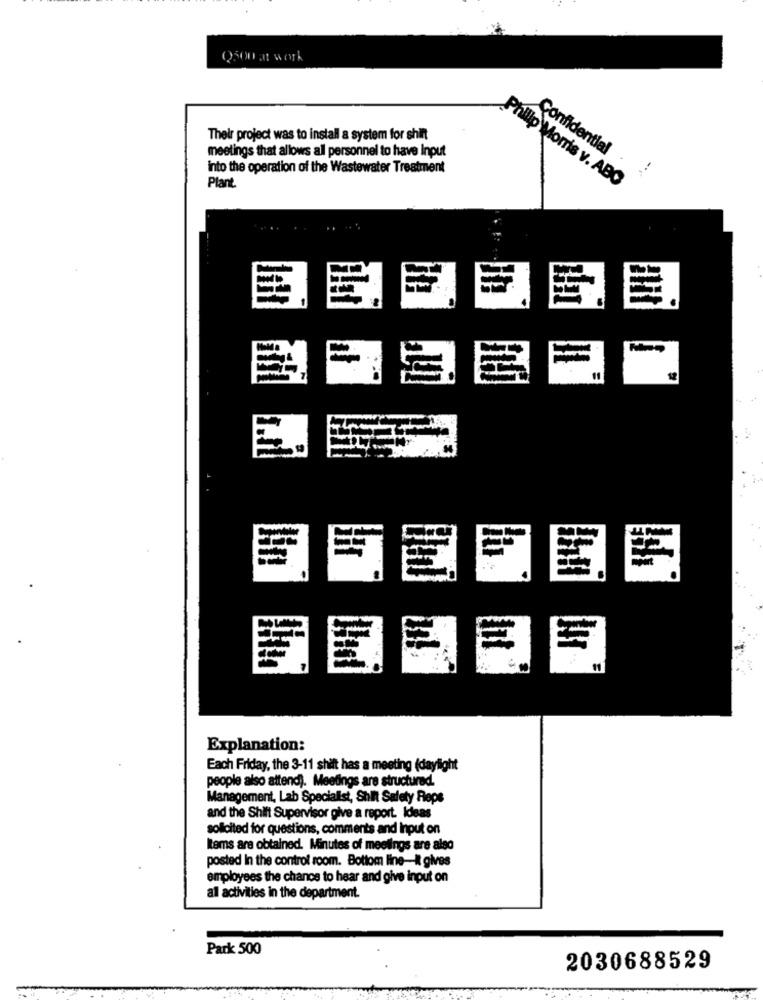
Their project was to install a system for shift
Confidential
meetings that allows all personnel to have Input
into the operation of the Wastewater Treatment
..
Plant
Philip Morris v. ABO
=
Explanation:
Each Friday, the 3-11 shift has a meeting (daylight
people also attend). Meetings are structured.
Management, Lab Specialist, Shift Safety Reps
and the Shift Supervisor give a report. Ideas
solicited for questions, comments and Input on
Rems are obtained. Minutes of meetings are also
posted In the control room. Bottom line-it gives
employees the chance to hear and give input on
all activities in the department.
Park 500
2030688529